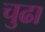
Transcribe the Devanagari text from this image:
चुढा